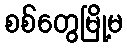
စစ်တွေမြို့မ